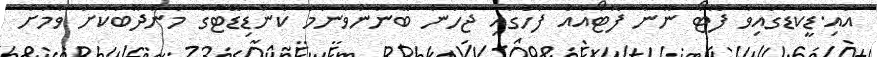
އައި.ޑީކާޑުގައިވާ ފޮޓޯ ނޫން ފޮޓޯއެއް ފާހުގައި ޖަހަން ބޭނުންވާނަމަ ކެންޑިޑޭޓުގެ މަންދޫބަކަށް ވުމަށް